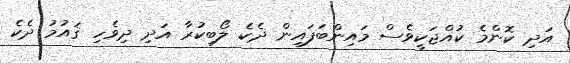
އަދި ކޮންމެ ކުއްޖަކީވެސް މައިންބަފައިން ދެކެ ލޯބިކުރާ އަދި ދިވެހި ޤައުމު ދެކެ